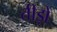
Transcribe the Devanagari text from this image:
तीड़ो